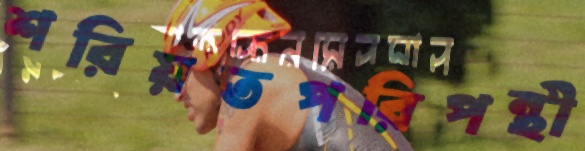
শরিয়তপরিপন্থী